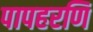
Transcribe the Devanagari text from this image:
पापहरणि